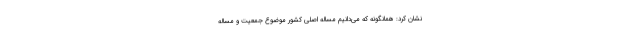
نشان کرد: همانگونه که می‌دانیم مساله اصلی کشور موضوع جمعیت و مساله